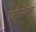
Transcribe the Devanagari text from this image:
ग्रामोफोनवर